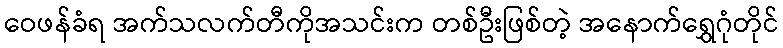
ဝေဖန်ခံရ အက်သလက်တီကိုအသင်းက တစ်ဦးဖြစ်တဲ့ အနောက်ရွှေဂုံတိုင်